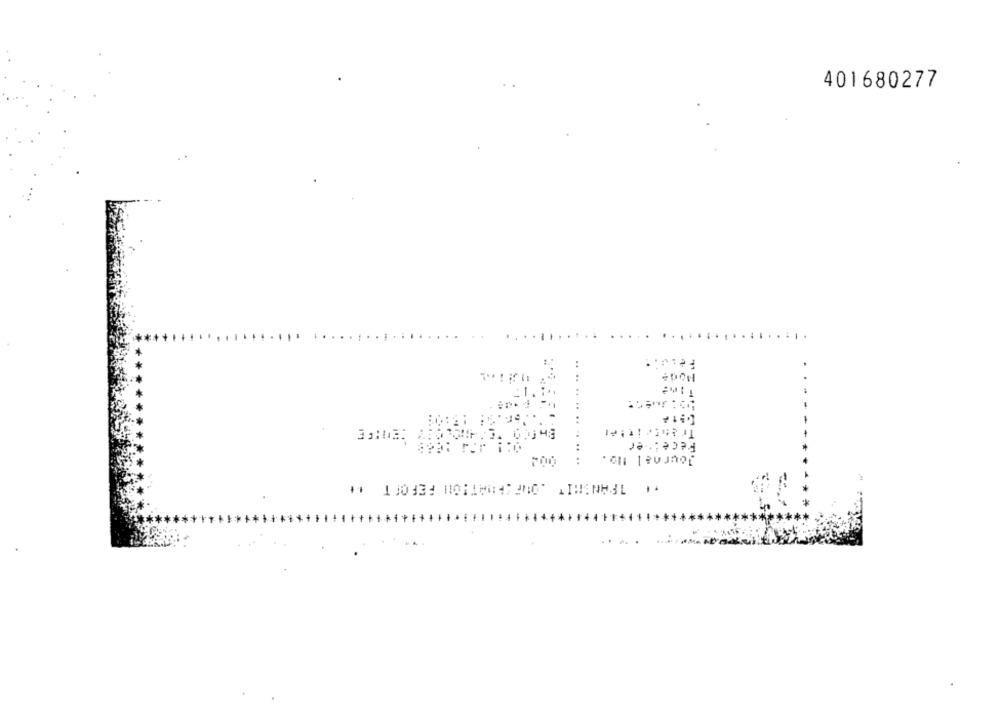
401680277
:
٦٠
..
Tristeit!et
Fece :· er
Journal No.
......
** 130134 H0118847 200 1THANH31 .
......
...